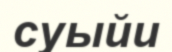
суыйи